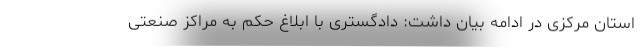
استان مرکزی در ادامه بیان داشت: دادگستری با ابلاغ حکم به مراکز صنعتی